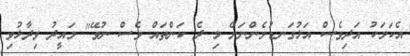
އެކަމަކު އަދިވެސް އަޅުގަނޑުމެންނަށް މި ދެ ކަންތައް ވެސް ނުވޭ" މައީދު ވިދާޅުވި